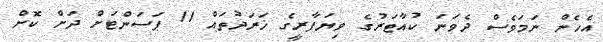
އެހެން ނަމަވެސް ދެވަނަ ކުއާޓަރުގެ ވިޔަފާރީގެ ޚަރަދުތައް 11 ޕަސަންޓަށް ދަށް ކޮށް